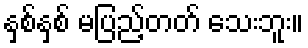
နှစ်နှစ် မပြည့်တတ် သေးဘူး။